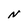
Character: N